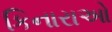
કિનારાઓ